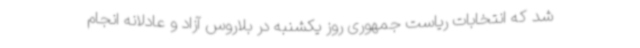
شد که انتخابات ریاست جمهوری روز یکشنبه در بلاروس آزاد و عادلانه انجام